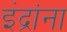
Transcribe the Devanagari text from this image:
इंद्रांना